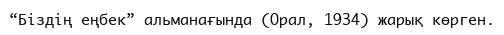
“Біздің еңбек” альманағында (Орал, 1934) жарық көрген.